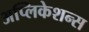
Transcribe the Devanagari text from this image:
अप्लिकेशन्स